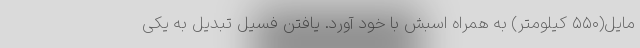
مایل(۵۵۰ کیلومتر) به همراه اسبش با خود آورد. یافتن فسیل تبدیل به یکی